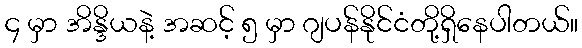
၄ မှာ အိန္ဒိယနဲ့ အဆင့် ၅ မှာ ဂျပန်နိုင်ငံတို့ရှိနေပါတယ်။